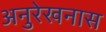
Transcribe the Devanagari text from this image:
अनुरेखनास